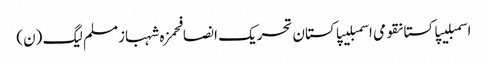
اسمبلیپاکستانقومی اسمبلیپاکستان تحریک انصافحمزہ شہبازمسلم لیگ (ن)